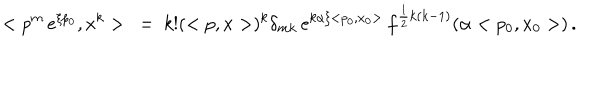
LaTeX: < p ^ { m } \, e ^ { \xi p _ { 0 } } , x ^ { k } > \ = \ k ! ( < p , x > ) ^ { k } \delta _ { m k } \, e ^ { k \alpha \xi < p _ { 0 } , x _ { 0 } > } \, f ^ { \frac { 1 } { 2 } k ( k - 1 ) } ( \alpha < p _ { 0 } , x _ { 0 } > ) \, .